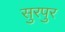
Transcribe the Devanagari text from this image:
सुरपुर